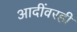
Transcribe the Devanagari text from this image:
आदींवरही